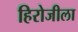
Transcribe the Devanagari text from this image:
हिरोजीला